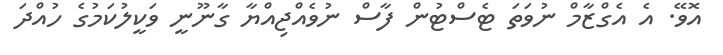
އޮވޭ. އެ އެގްޒާމް ނުވަތަ ޓެސްޓުން ފާސް ނުވެއްޖިއްޔާ ގާނޫނީ ވަކީލުކަމުގެ ހުއްދަ